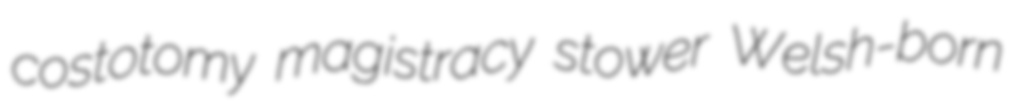
costotomy magistracy stower Welsh-born